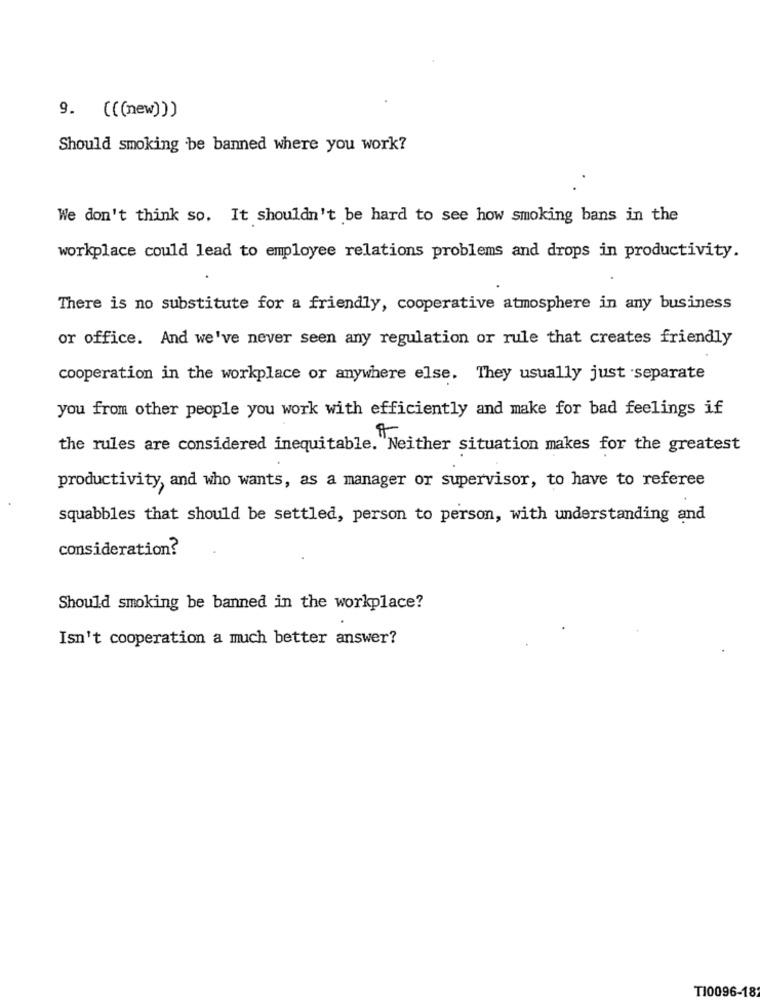
9. (((new)))
Should smoking be banned where you work?
We don't think so. It shouldn't be hard to see how smoking bans in the
workplace could lead to employee relations problems and drops in productivity.
There is no substitute for a friendly, cooperative atmosphere in any business
or office. And we've never seen any regulation or rule that creates friendly
cooperation in the workplace or anywhere else. They usually just separate
you from other people you work with efficiently and make for bad feelings if
the rules are considered inequitable. Neither situation makes for the greatest
productivity, and who wants, as a manager or supervisor, to have to referee
squabbles that should be settled, person to person, with understanding and
consideration?
Should smoking be banned in the workplace?
Isn't cooperation a much better answer?
T10096-18